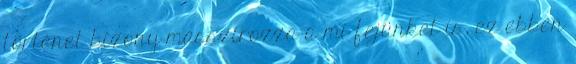
történet bizony masszírozza a mi fejünket is, ez ebben